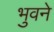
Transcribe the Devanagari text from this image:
भुवने